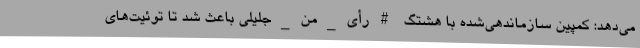
می‌دهد: کمپین سازماندهی‌شده با هشتگ #رأی_من_جلیلی باعث شد تا توئیت‌های